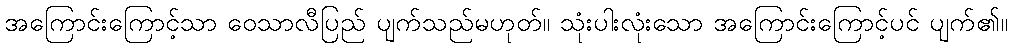
အကြောင်းကြောင့်သာ ဝေသာလီပြည် ပျက်သည်မဟုတ်။ သုံးပါးလုံးသော အကြောင်းကြောင့်ပင် ပျက်၏။